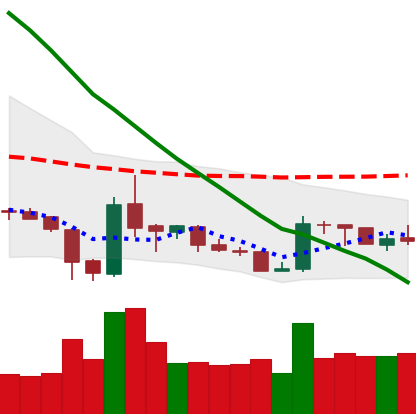
Ticker: XRP-USD
Chart end date: 2019-02-13
Forward return: 5.68%
Label: up_5_7